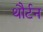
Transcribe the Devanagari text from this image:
थौर्टन